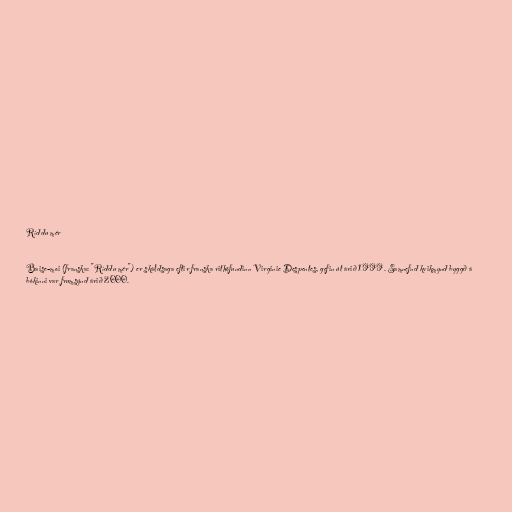
Ríddu mér

Baise-moi (franska: "Ríddu mér") er skáldsaga eftir franska rithöfundinn Virginie Despentes, gefin út árið 1999. Samnefnd kvikmynd byggð á
bókinni var frumsýnd árið 2000.